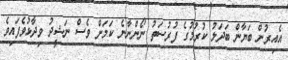
އެއިރުން ބަޔާން ބަދަލު ކުރުމުގެ ފުރުސަތު ނޯންނާނެ ކަމަށް ވެސް ނަޝީދު ވިދާޅުވެފައިވެ